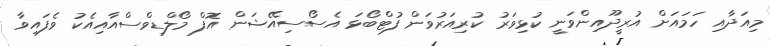
މިއަދާއި ހަމައަށް އުރީދޫއިންވަނީ ކުޅިވަރު ކުރިއަރުވަން ފުޓްބޯޅަ އެސޯސިއޭޝަން އޮފް މޯލްޑިވްސްއާއިއެކު ވެފައިވާ